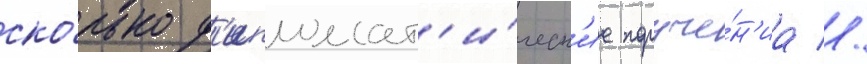
ско́лько д'ипломат'и́ческ'ие поруче́н'иа //